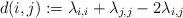
LaTeX: \begin{align*} d(i,j) := \lambda_{i,i} + \lambda_{j,j} - 2 \lambda_{i,j}\end{align*}